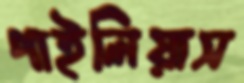
পাইলিয়াস